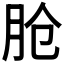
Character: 𬁸